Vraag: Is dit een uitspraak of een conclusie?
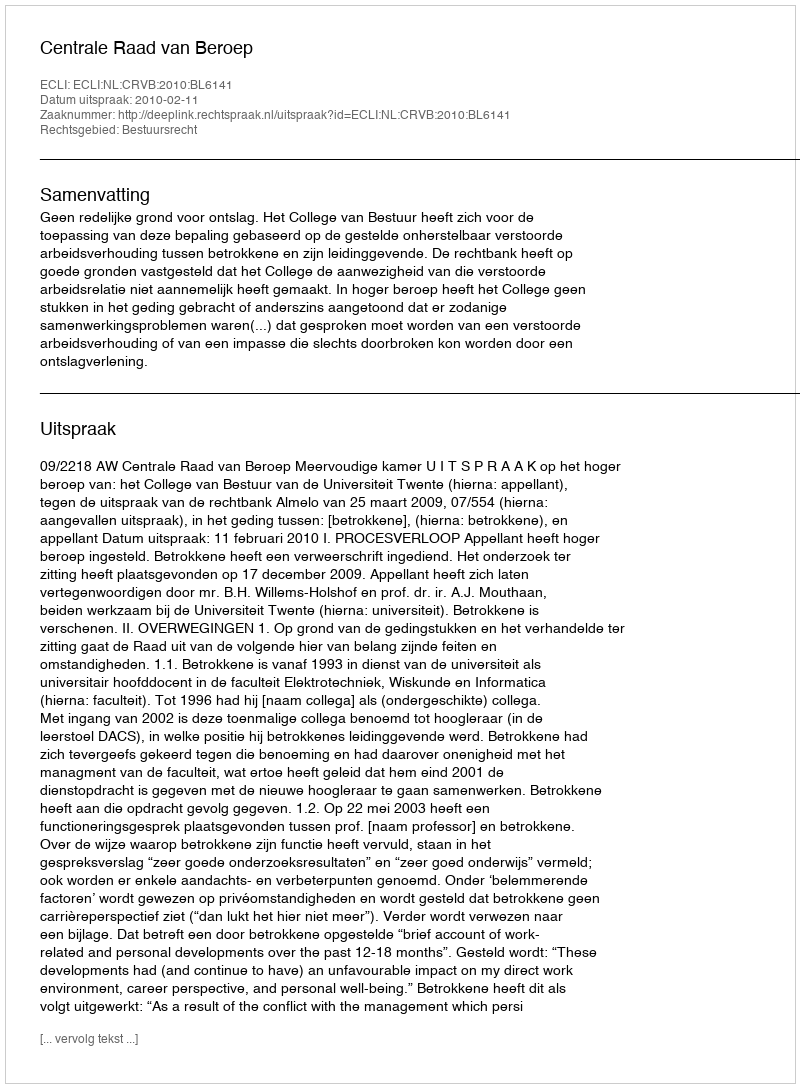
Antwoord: Uitspraak